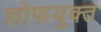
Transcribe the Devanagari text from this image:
शोफयुक्त